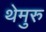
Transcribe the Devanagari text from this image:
थेमुरु